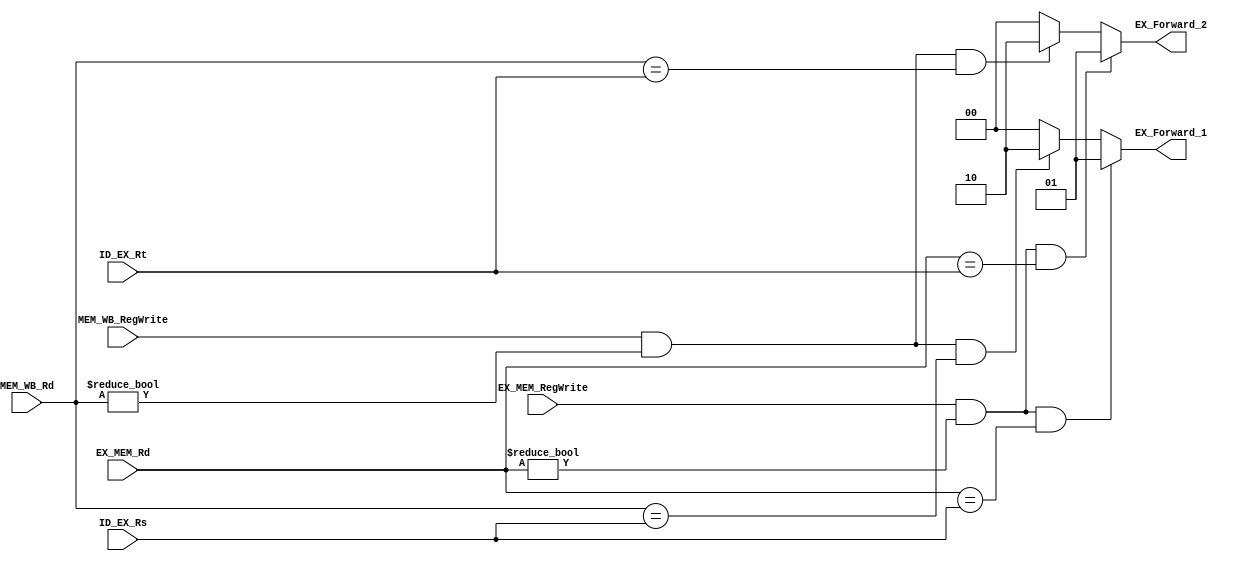
`timescale 1ns / 1ps

module EX_Forward(EX_MEM_Rd, MEM_WB_Rd, EX_MEM_RegWrite, MEM_WB_RegWrite,
                  ID_EX_Rs, ID_EX_Rt, EX_Forward_1, EX_Forward_2);

    input EX_MEM_RegWrite, MEM_WB_RegWrite;
    input [4:0] EX_MEM_Rd, MEM_WB_Rd, ID_EX_Rs, ID_EX_Rt;

    output [1:0] EX_Forward_1, EX_Forward_2;

    assign EX_Forward_1 = (EX_MEM_RegWrite && (EX_MEM_Rd != 5'h0) && (EX_MEM_Rd == ID_EX_Rs))? 2'b01:
                          (MEM_WB_RegWrite && (MEM_WB_Rd != 5'h0) && (MEM_WB_Rd == ID_EX_Rs))? 2'b10:
                          2'b00;
    
    assign EX_Forward_2 = (EX_MEM_RegWrite && (EX_MEM_Rd != 5'h0) && (EX_MEM_Rd == ID_EX_Rt))? 2'b01:
                          (MEM_WB_RegWrite && (MEM_WB_Rd != 5'h0) && (MEM_WB_Rd == ID_EX_Rt))? 2'b10:
                          2'b00;
    

endmodule